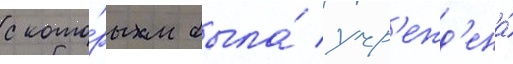
с кото́рым была́ учр'ежд'ена́